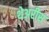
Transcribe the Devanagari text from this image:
थेअरीस